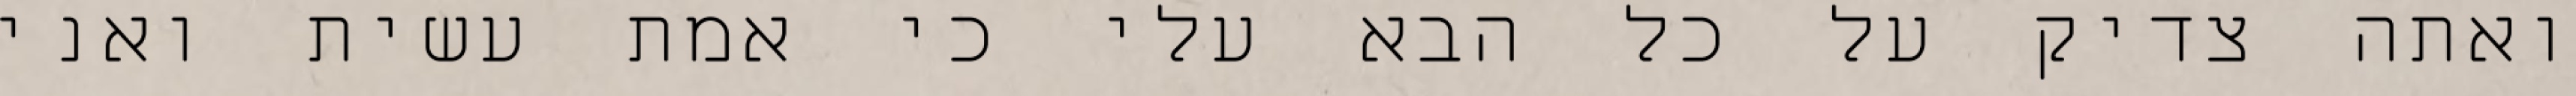
ואתה צדיק על כל הבא עלי כי אמת עשית ואני